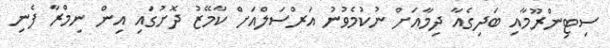
ސިޓިންރޫމާއި ބަދިގެއާ ދިމާއަށް ނުކުމެވުނު އަރްސަލްއަށް ކާމޭޒު ދޮށުގައި އިން ނިމްރާ ފެނި